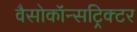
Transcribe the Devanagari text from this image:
वैसोकॉन्सट्रिक्टर